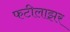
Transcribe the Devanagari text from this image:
फटीलाझर